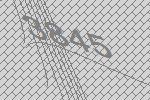
3845